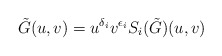
\begin{align*} \tilde{G}(u, v) = u^{\delta_i} v^{\epsilon_i} S_i(\tilde{G})(u, v)\end{align*}